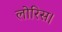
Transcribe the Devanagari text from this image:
लोरिस।